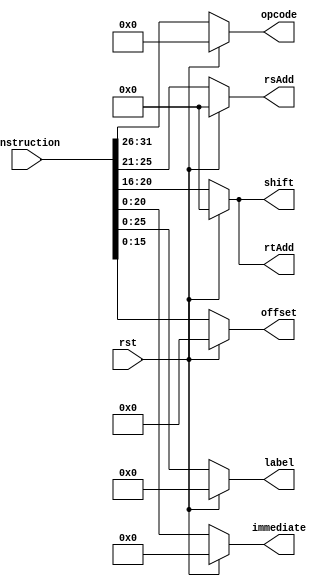
`timescale 1ns / 1ps
//////////////////////////////////////////////////////////////////////////////////
// Company: 
// Engineer: 
// 
// Design Name: 
// Module Name:    InstructionDecode 
// Project Name: 
// Target Devices: 
// Tool versions: 
// Description: 
//
// Dependencies: 
//
// Revision: 
// Revision 0.01 - File Created
// Additional Comments: 
//
//////////////////////////////////////////////////////////////////////////////////
module InstructionDecode(
	 input rst,
    input [31:0] instruction,
    output [5:0] opcode,
    output [4:0] rsAdd,
    output [4:0] rtAdd,
    output [4:0] shift,
    output [20:0] immediate,
    output [25:0] label,
	 output [15:0] offset
    );

	assign opcode=rst?6'b000000:instruction[31:26];
	assign rsAdd=rst?5'b00000:instruction[25:21];
	assign rtAdd=rst?5'b00000:instruction[20:16];
	assign shift=rst?5'b00000:instruction[20:16];
	assign immediate=rst?21'b000000000000000000000:instruction[20:0];
	assign label=rst?26'b00000000000000000000000000:instruction[25:0];
	assign offset=rst?26'b00000000000000000000000000:instruction[15:0];
endmodule